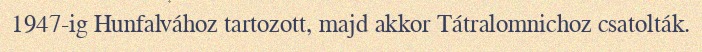
1947-ig Hunfalvához tartozott, majd akkor Tátralomnichoz csatolták.